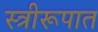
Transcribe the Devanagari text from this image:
स्त्रीरूपात